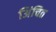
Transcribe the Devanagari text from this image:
अिंचित